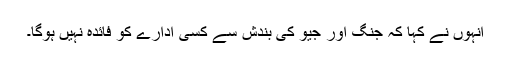
انہوں نے کہا کہ جنگ اور جیو کی بندش سے کسی ادارے کو فائدہ نہیں ہوگا۔